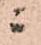
ニ